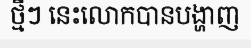
ថ្មីៗ នេះលោកបានបង្ហាញ